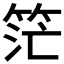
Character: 𥭎